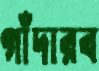
গাঁদারব